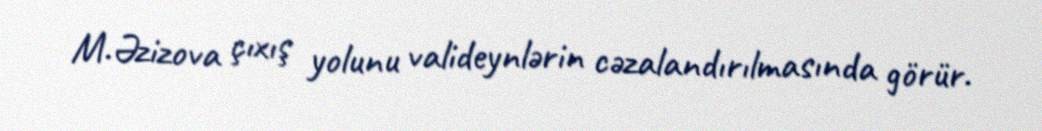
M.Əzizova çıxış yolunu valideynlərin cəzalandırılmasında görür.